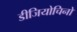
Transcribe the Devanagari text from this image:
डीजियोचिनो